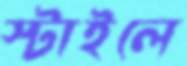
স্টাইলে